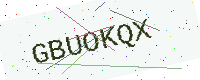
Text: GBUOKQX